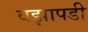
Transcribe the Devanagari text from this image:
वझापडी